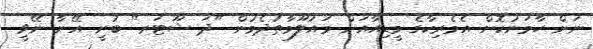
ނަން ހާމަނުކޮށް އެމެރިކާގެ މީޑިއާއަށް މައުލޫމާތުދެމުން "ދަ ޝޫޓަރ" ބުނީ އޭނާ ނޭވީ